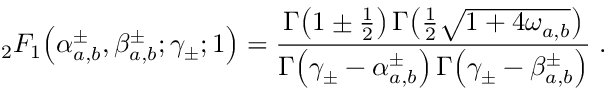
{ } _ { 2 } F _ { 1 } \! \left( \alpha _ { a , b } ^ { \pm } , \beta _ { a , b } ^ { \pm } ; \gamma _ { \pm } ; 1 \right) = \frac { \Gamma \! \left( 1 \pm \frac { 1 } { 2 } \right) \Gamma \! \left( \frac { 1 } { 2 } \sqrt { 1 + 4 \omega _ { a , b } } \right) } { \Gamma \! \left( \gamma _ { \pm } - \alpha _ { a , b } ^ { \pm } \right) \Gamma \! \left( \gamma _ { \pm } - \beta _ { a , b } ^ { \pm } \right) } \; .